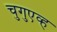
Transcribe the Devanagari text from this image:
चुगुएव्ह